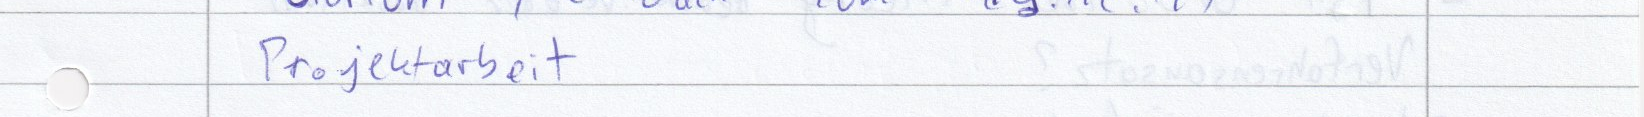
Projektarbeit